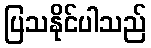
ပြသနိုင်ပါသည်